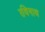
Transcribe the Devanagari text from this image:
रविनाथ